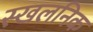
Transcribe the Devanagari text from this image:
स्खलनिक